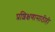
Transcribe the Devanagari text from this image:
प्रशिक्षणासाठीही